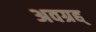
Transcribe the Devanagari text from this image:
अवग्रह्